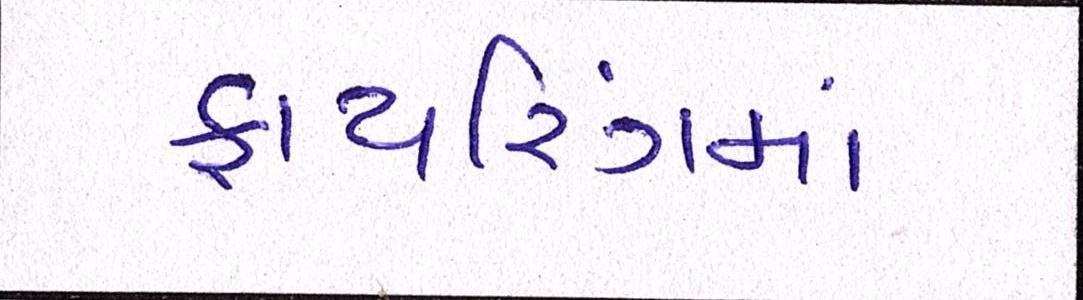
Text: ફાયરિંગમાં